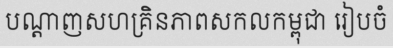
បណ្តាញសហគ្រិនភាពសកលកម្ពុជា រៀបចំ